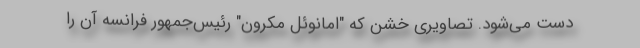
دست می‌شود. تصاویری خشن که "امانوئل مکرون" رئیس‌جمهور فرانسه آن را